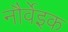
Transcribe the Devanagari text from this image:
नौर्वेइक